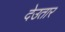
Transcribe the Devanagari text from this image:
देउतार